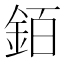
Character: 銆